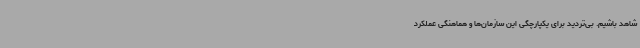
شاهد باشیم. بی‌تردید برای یکپارچگی این سازمان‌ها و هماهنگی عملکرد